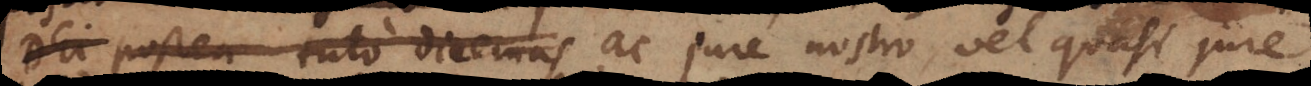
postea tuto dicemus ac jure nostro, vel quasi jure